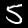
Label: 5